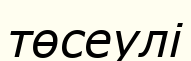
төсеулі